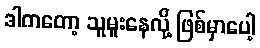
ဒါကတော့ သူမူးနေလို့ ဖြစ်မှာပေါ့